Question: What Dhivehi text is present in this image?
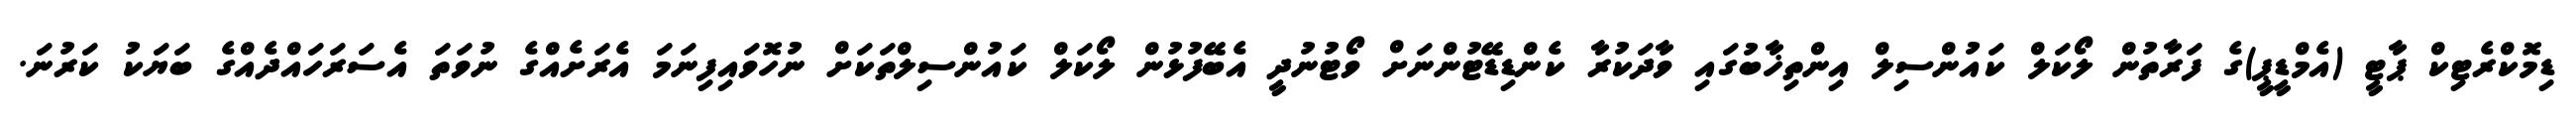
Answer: ޑިމޮކްރެޓިކް ޕާޓީ (އެމްޑީޕީ)ގެ ފަރާތުން ލޯކަލް ކައުންސިލް އިންތިޚާބުގައި ވާދަކުރާ ކެންޑިޑޭޓުންނަށް ވޯޓުނުދީ އެބޭފުޅުން ލޯކަލް ކައުންސިލްތަކަށް ނުހޮވައިފިނަމަ އެރަށެއްގެ ނުވަތަ އެސަރަހައްދެއްގެ ބަޔަކު ކަރުނަ.